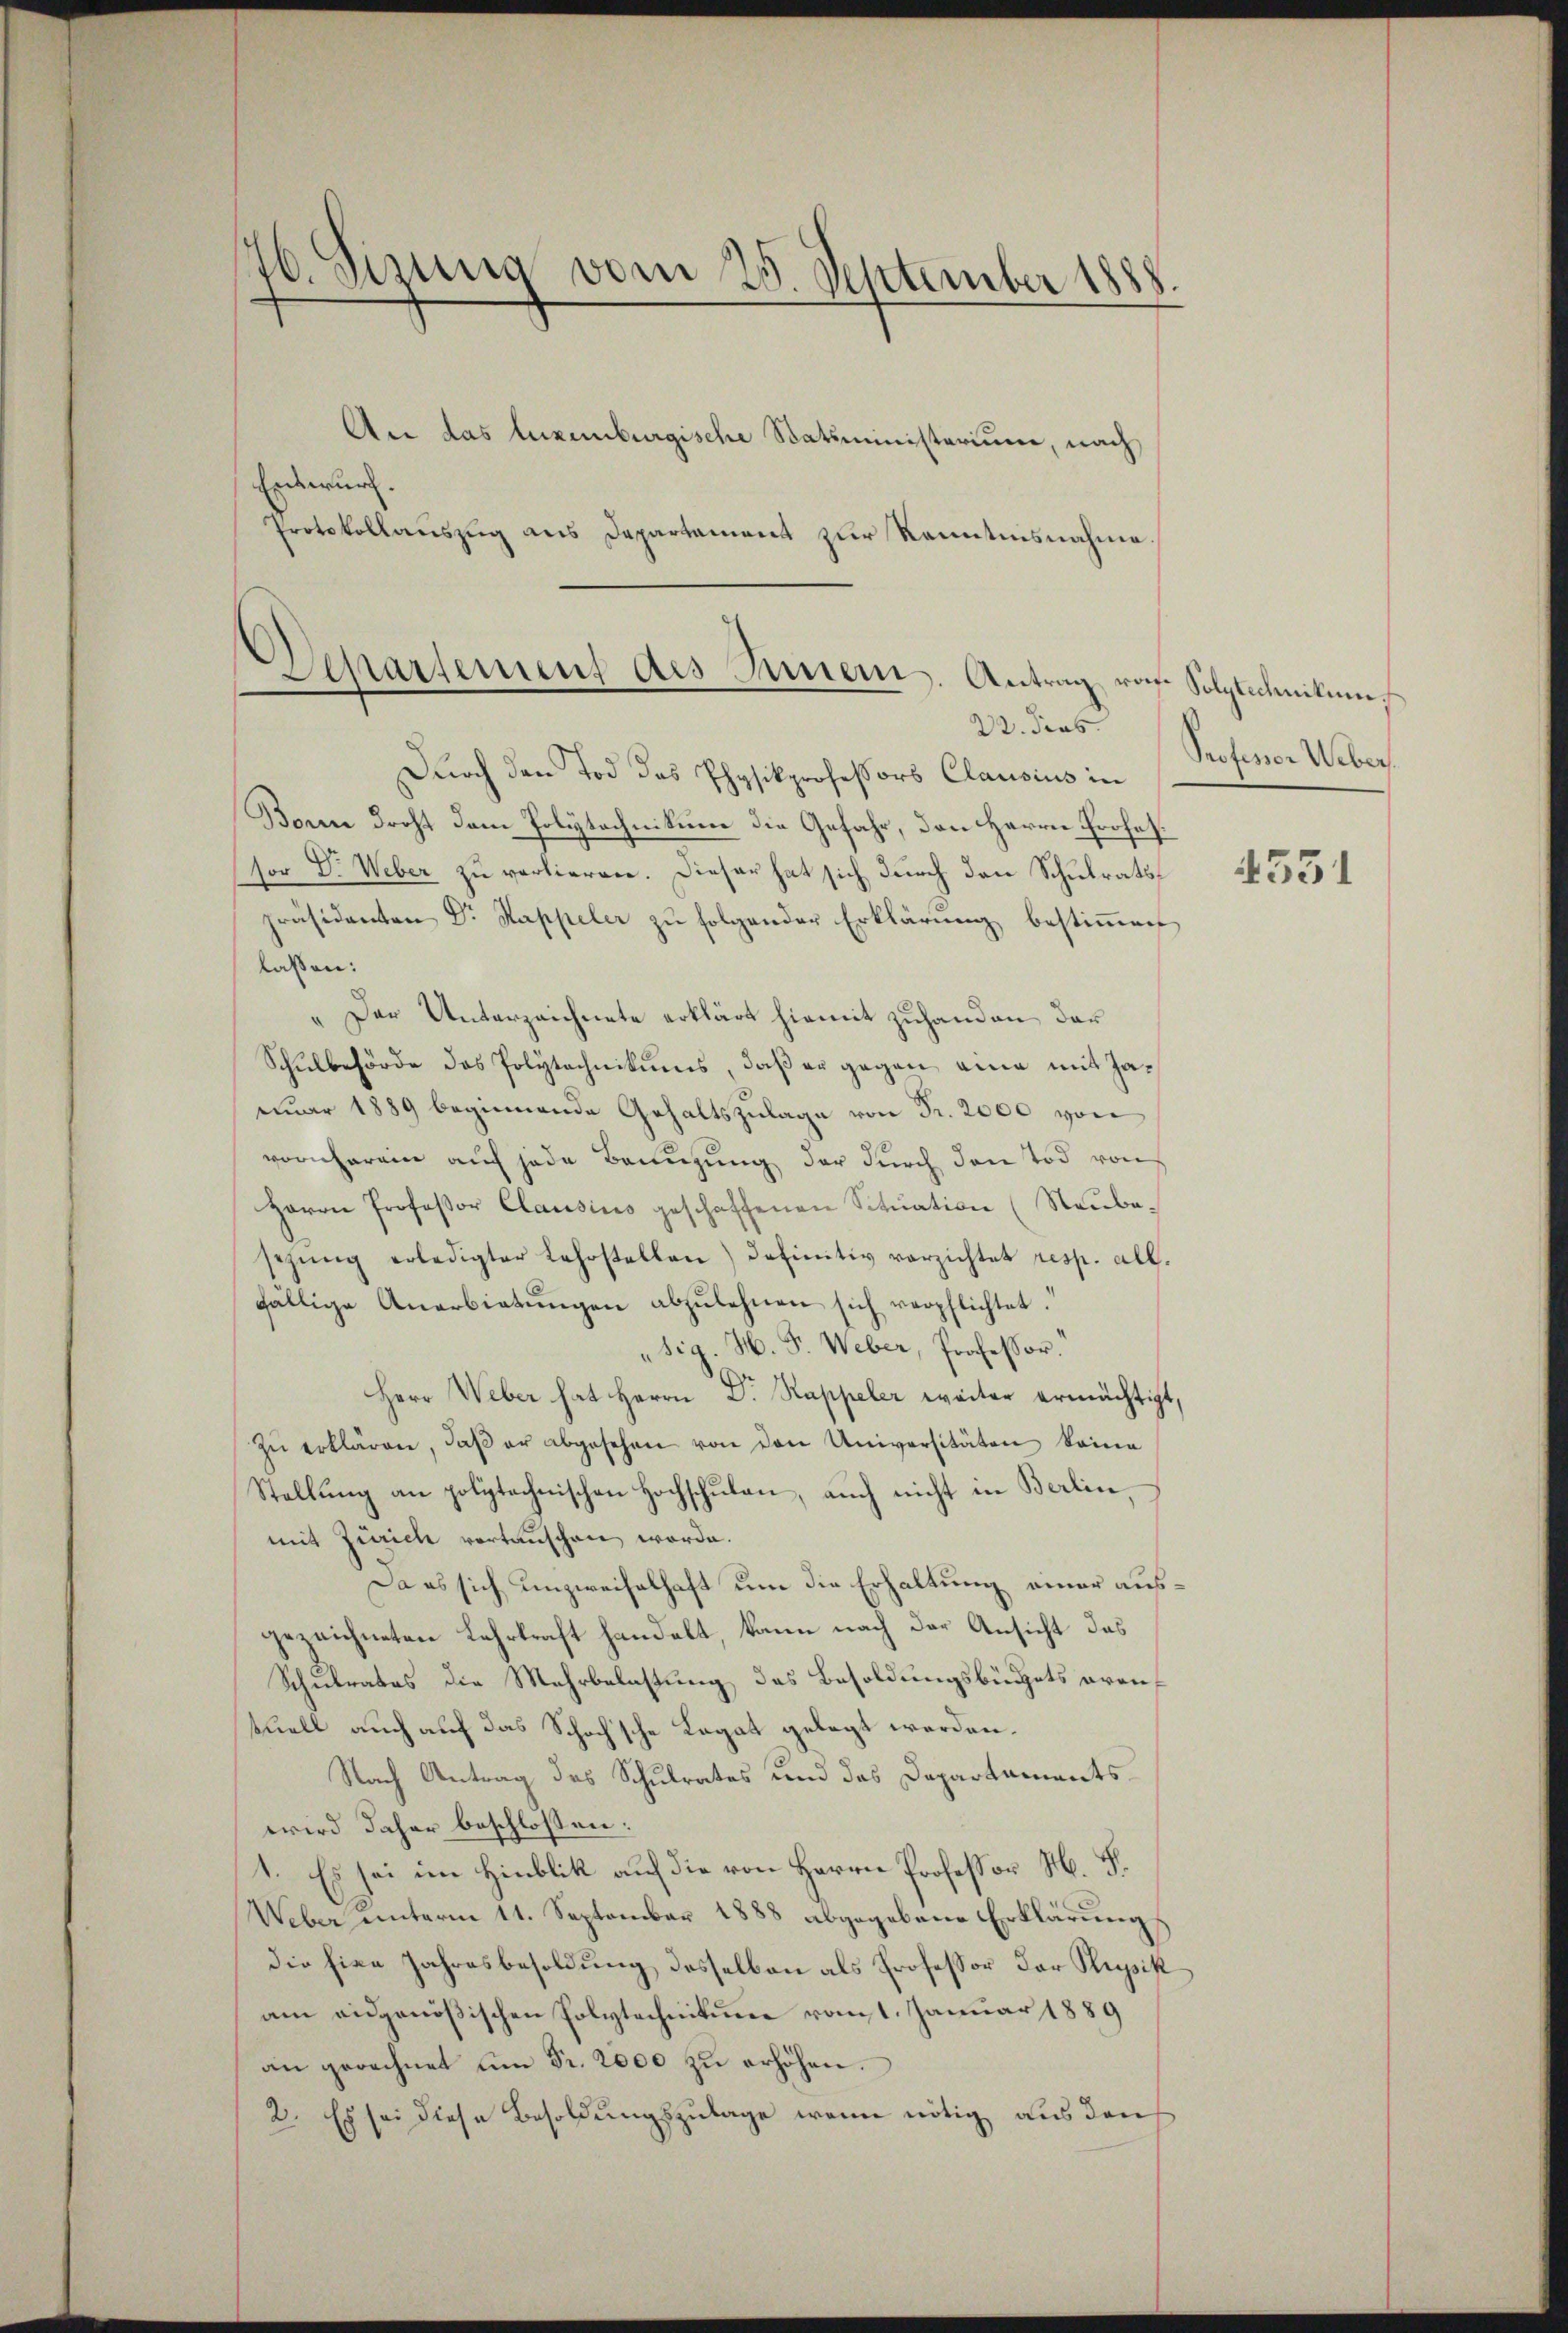
46. Sizung vom 25 September 1888.

An das luxenburgische Statsministerium, nach
Entwurf.
Protokollauszug aus Departement zur Kenntnisnahme.

Departement des Innern. Antrag von Solytechnikum
22. Tros

Durch den Tod das Physikprofessors Clausius in
Boren droht dem Polytechnikum die Gefahr, den Herrn Professor Dr. Weber zu verlieren. Dieser hat sich durch den Schulratspräsidenten Dr Kappeler zu folgender Erklärung bestimmen
lassen:
„Der Unterzeichnete erklärt hiemit zuhanden, der
Schŭlbehörde das Polytechnikums, daß er gegen eine mit Jauar 1889 beginnende Gehaltszulage von Fr. 2000 von
vornheren auf jede Banngung der durch den Tod von
Herrn Professor Clausins geschaffenen Sitŭation (Neŭbe-
sezŭng erledigter Lehrstellen) definitiv verzichtet resp. all.
fällige Anerbietŭngen abzŭlehnen sich verpflichtet.
"sig. H. F. Weber, Professor.
Herr Weber hat Herrn Dr. Rappeler weiter ermächtigt,
zŭ erklären, daβ er abgesehen von den Universitäten keine
Stellŭng an polytechnischen Hochschŭlan, auch nicht in Berlin,
mit Zürich vortauschen worde.
Da es sich unzweifelhaft um die Erhaltung einer ausgezeichneten Lehrkraft handelt, kann nach der Ansicht das
Schulrates die Mehrbelastung des Besoldungsbüchets arantuell auch auf das Schochsche Legat gelegt werden.
Nach Antrag des Schulrates und das Departementswird daher beschlossen:
Es sei im Hinblik auf die von Herrn Professor M. D.
Weber unterm 11. September 1888 abgegebene Erklärungs
die hine Jahresbesoldung desselben als Professor der Russist
am ausgenößischen Polytechnikum vom 1. Januar 1889
an gerechnet ŭm Fr. 2000 zŭ erhöhen.
2. Es sei diese Besoldungszulage wenn nötig aus den

Professor Weber.

4531